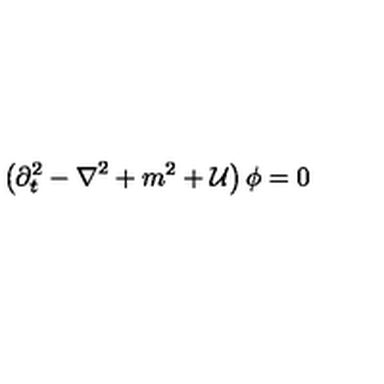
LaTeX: \left( { \partial } _ { t } ^ { 2 } - { \bf \nabla } ^ { 2 } + m ^ { 2 } + { \cal U } \right) \phi = 0